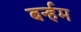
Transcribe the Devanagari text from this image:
बर्न्हम